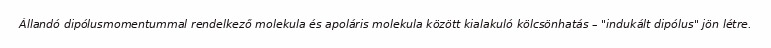
Állandó dipólusmomentummal rendelkező molekula és apoláris molekula között kialakuló kölcsönhatás – "indukált dipólus" jön létre.